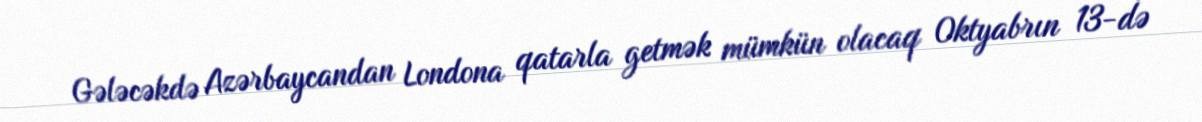
Gələcəkdə Azərbaycandan Londona qatarla getmək mümkün olacaq Oktyabrın 13-də